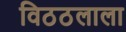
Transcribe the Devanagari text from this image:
विठठलाला